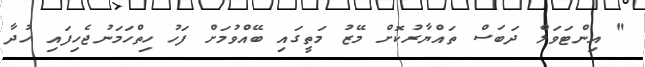
" އިންޓަވަލް ދަބަސް ތައްޔާރުކޮށް މޭޒު މަތީގައި ބޭއްވުމަށް ފަހު ހިތްހަމަނުޖެހިފައި ހުދާ